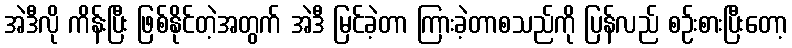
အဲဒီလို ကိန်းပြီး ဖြစ်နိုင်တဲ့အတွက် အဲဒီ မြင်ခဲ့တာ ကြားခဲ့တာစသည်ကို ပြန်လည် စဉ်းစားပြီးတော့